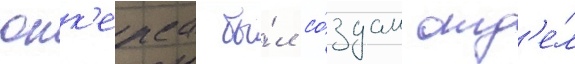
юнк'ерса бы́л со́здан отд'е́л